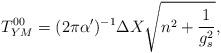
LaTeX: \begin{align*}T^{00}_{YM} = (2\pi\alpha')^{-1} \Delta X \sqrt{ n^2 + \frac{1}{g_s^2}},\end{align*}